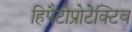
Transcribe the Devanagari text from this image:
हिपैटोप्रोटेक्टिव